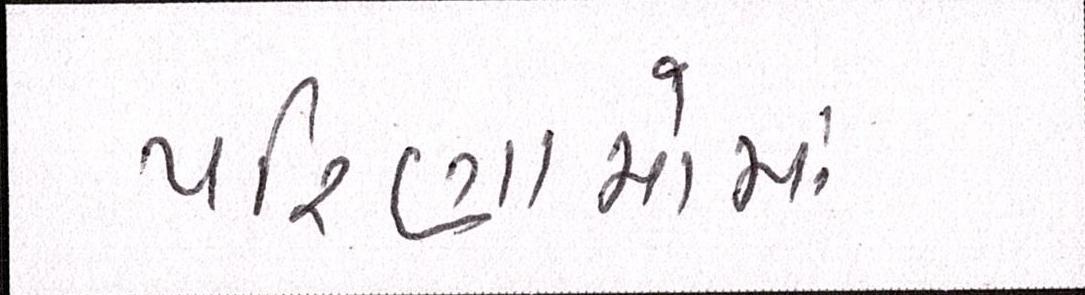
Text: પરિણામોમાં